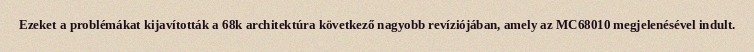
Ezeket a problémákat kijavították a 68k architektúra következő nagyobb revíziójában, amely az MC68010 megjelenésével indult.